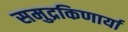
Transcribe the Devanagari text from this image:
समुद्रकिणार्या